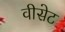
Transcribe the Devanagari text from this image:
वीसेट